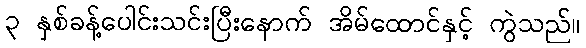
၃ နှစ်ခန့်ပေါင်းသင်းပြီးနောက် အိမ်ထောင်နှင့် ကွဲသည်။